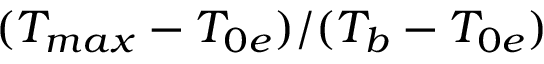
( T _ { m a x } - T _ { 0 e } ) / ( T _ { b } - T _ { 0 e } )